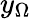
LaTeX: y_{\Omega}